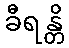
ခီရန္တိ